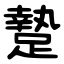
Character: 䠟